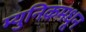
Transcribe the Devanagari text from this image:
म्युनिकमधून